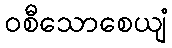
ဝစီသောစေယျံ